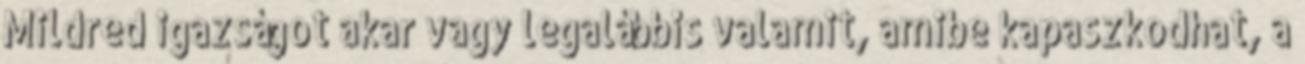
Mildred igazságot akar vagy legalábbis valamit, amibe kapaszkodhat, a